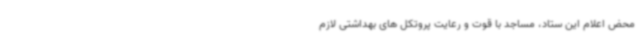
محض اعلام این ستاد، مساجد با قوت و رعایت پروتکل های بهداشتی لازم